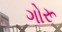
ગોરૂ